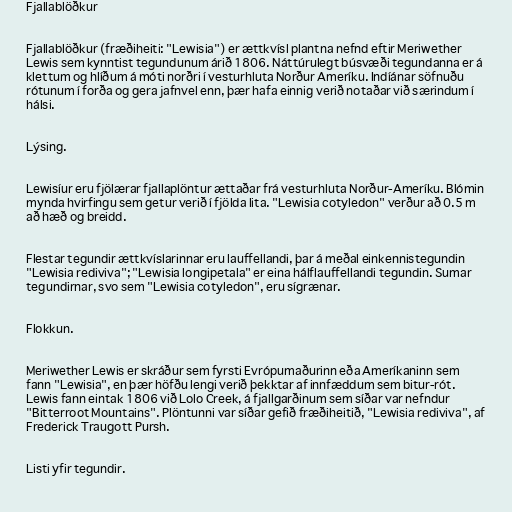
Fjallablöðkur

Fjallablöðkur (fræðiheiti: "Lewisia") er ættkvísl plantna nefnd eftir Meriwether
Lewis sem kynntist tegundunum árið 1806. Náttúrulegt búsvæði tegundanna er á
klettum og hlíðum á móti norðri í vesturhluta Norður Ameríku. Indíánar söfnuðu
rótunum í forða og gera jafnvel enn, þær hafa einnig verið notaðar við særindum í
hálsi.

Lýsing.

Lewisíur eru fjölærar fjallaplöntur ættaðar frá vesturhluta Norður-Ameríku. Blómin
mynda hvirfingu sem getur verið í fjölda lita. "Lewisia cotyledon" verður að 0.5 m
að hæð og breidd.

Flestar tegundir ættkvíslarinnar eru lauffellandi, þar á meðal einkennistegundin
"Lewisia rediviva"; "Lewisia longipetala" er eina hálflauffellandi tegundin. Sumar
tegundirnar, svo sem "Lewisia cotyledon", eru sígrænar.

Flokkun.

Meriwether Lewis er skráður sem fyrsti Evrópumaðurinn eða Ameríkaninn sem
fann "Lewisia", en þær höfðu lengi verið þekktar af innfæddum sem bitur-rót.
Lewis fann eintak 1806 við Lolo Creek, á fjallgarðinum sem síðar var nefndur
"Bitterroot Mountains". Plöntunni var síðar gefið fræðiheitið, "Lewisia rediviva", af
Frederick Traugott Pursh.

Listi yfir tegundir.